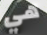
هي